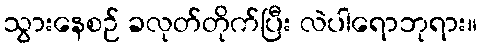
သွားနေစဉ် ခလုတ်တိုက်ပြီး လဲပါရောဘုရား။